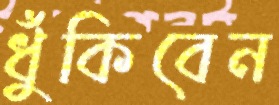
ধুঁকিবেন